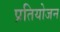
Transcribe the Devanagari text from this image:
प्रतियोजन